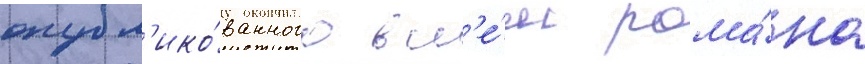
опубл'ико́ванного в н'е́м рома́на